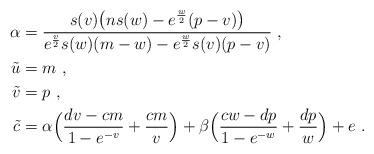
LaTeX: \begin{align*}\alpha & ={s(v)\big(ns(w)-e^{w\over2}(p-v)\big)\over e^{v\over2}s(w)(m-w)-e^{w\over2}s(v)(p-v)} \ , \cr\tilde u & = m \ , \cr\tilde v & = p \ , \cr\tilde c &= \alpha\Big( {dv-cm\over 1-e^{-v}}+{cm\over v}\Big) + \beta\Big({cw-dp\over 1-e^{-w}}+{dp\over w}\Big)+e \ .\end{align*}